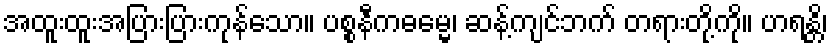
အထူးထူးအပြားပြားကုန်သော။ ပစ္စနီကဓမ္မေ၊ ဆန့်ကျင်ဘက် တရားတို့ကို။ ဟရန္တိ၊